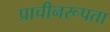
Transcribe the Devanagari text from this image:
प्राचीनरूपता